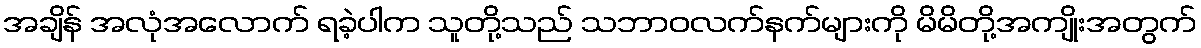
အချိန် အလုံအလောက် ရခဲ့ပါက သူတို့သည် သဘာဝလက်နက်များကို မိမိတို့အကျိုးအတွက်